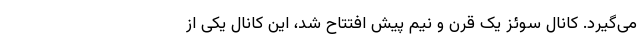
می‌گیرد. کانال سوئز یک قرن و نیم پیش افتتاح شد، این کانال یکی از